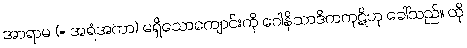
အာရာမ (= အရံအကာ) မရှိသောကျောင်းကို ဂေါနိသာဒိကကုဋိဟု ခေါ်သည်။ ထို